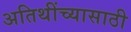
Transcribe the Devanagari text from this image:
अतिथींच्यासाठी